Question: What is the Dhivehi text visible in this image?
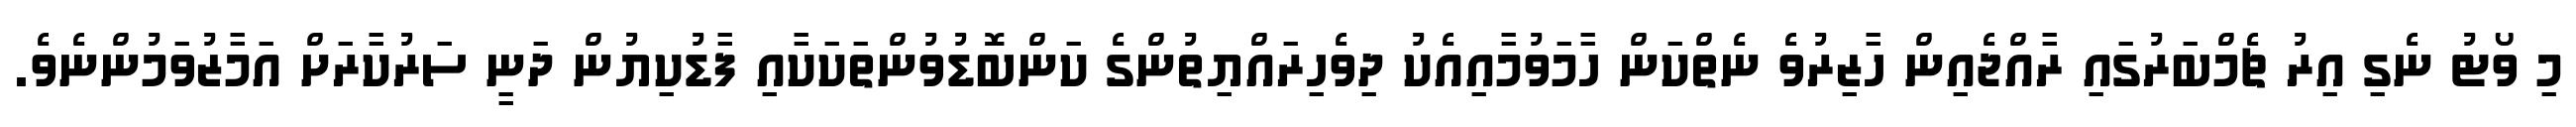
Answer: މި ވޯޓު ނެގި އިރު ޗެމްބަރުގައި ރާއްޖެއިން ހާޒިރުވެ ނެތްކަން ހާމަވުމާއިއެކު ދިވެހިރައްޔިތުންގެ ކަންބޮޑުވުންތަކަކާއި ފާޑުކިޔުން ދަނީ ސަރުކާރަށް އަމާޒުވަމުންނެވެ.